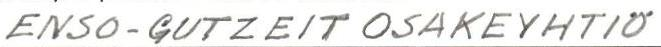
ENSO-GUTZEIT OSAKEYHTIÖ